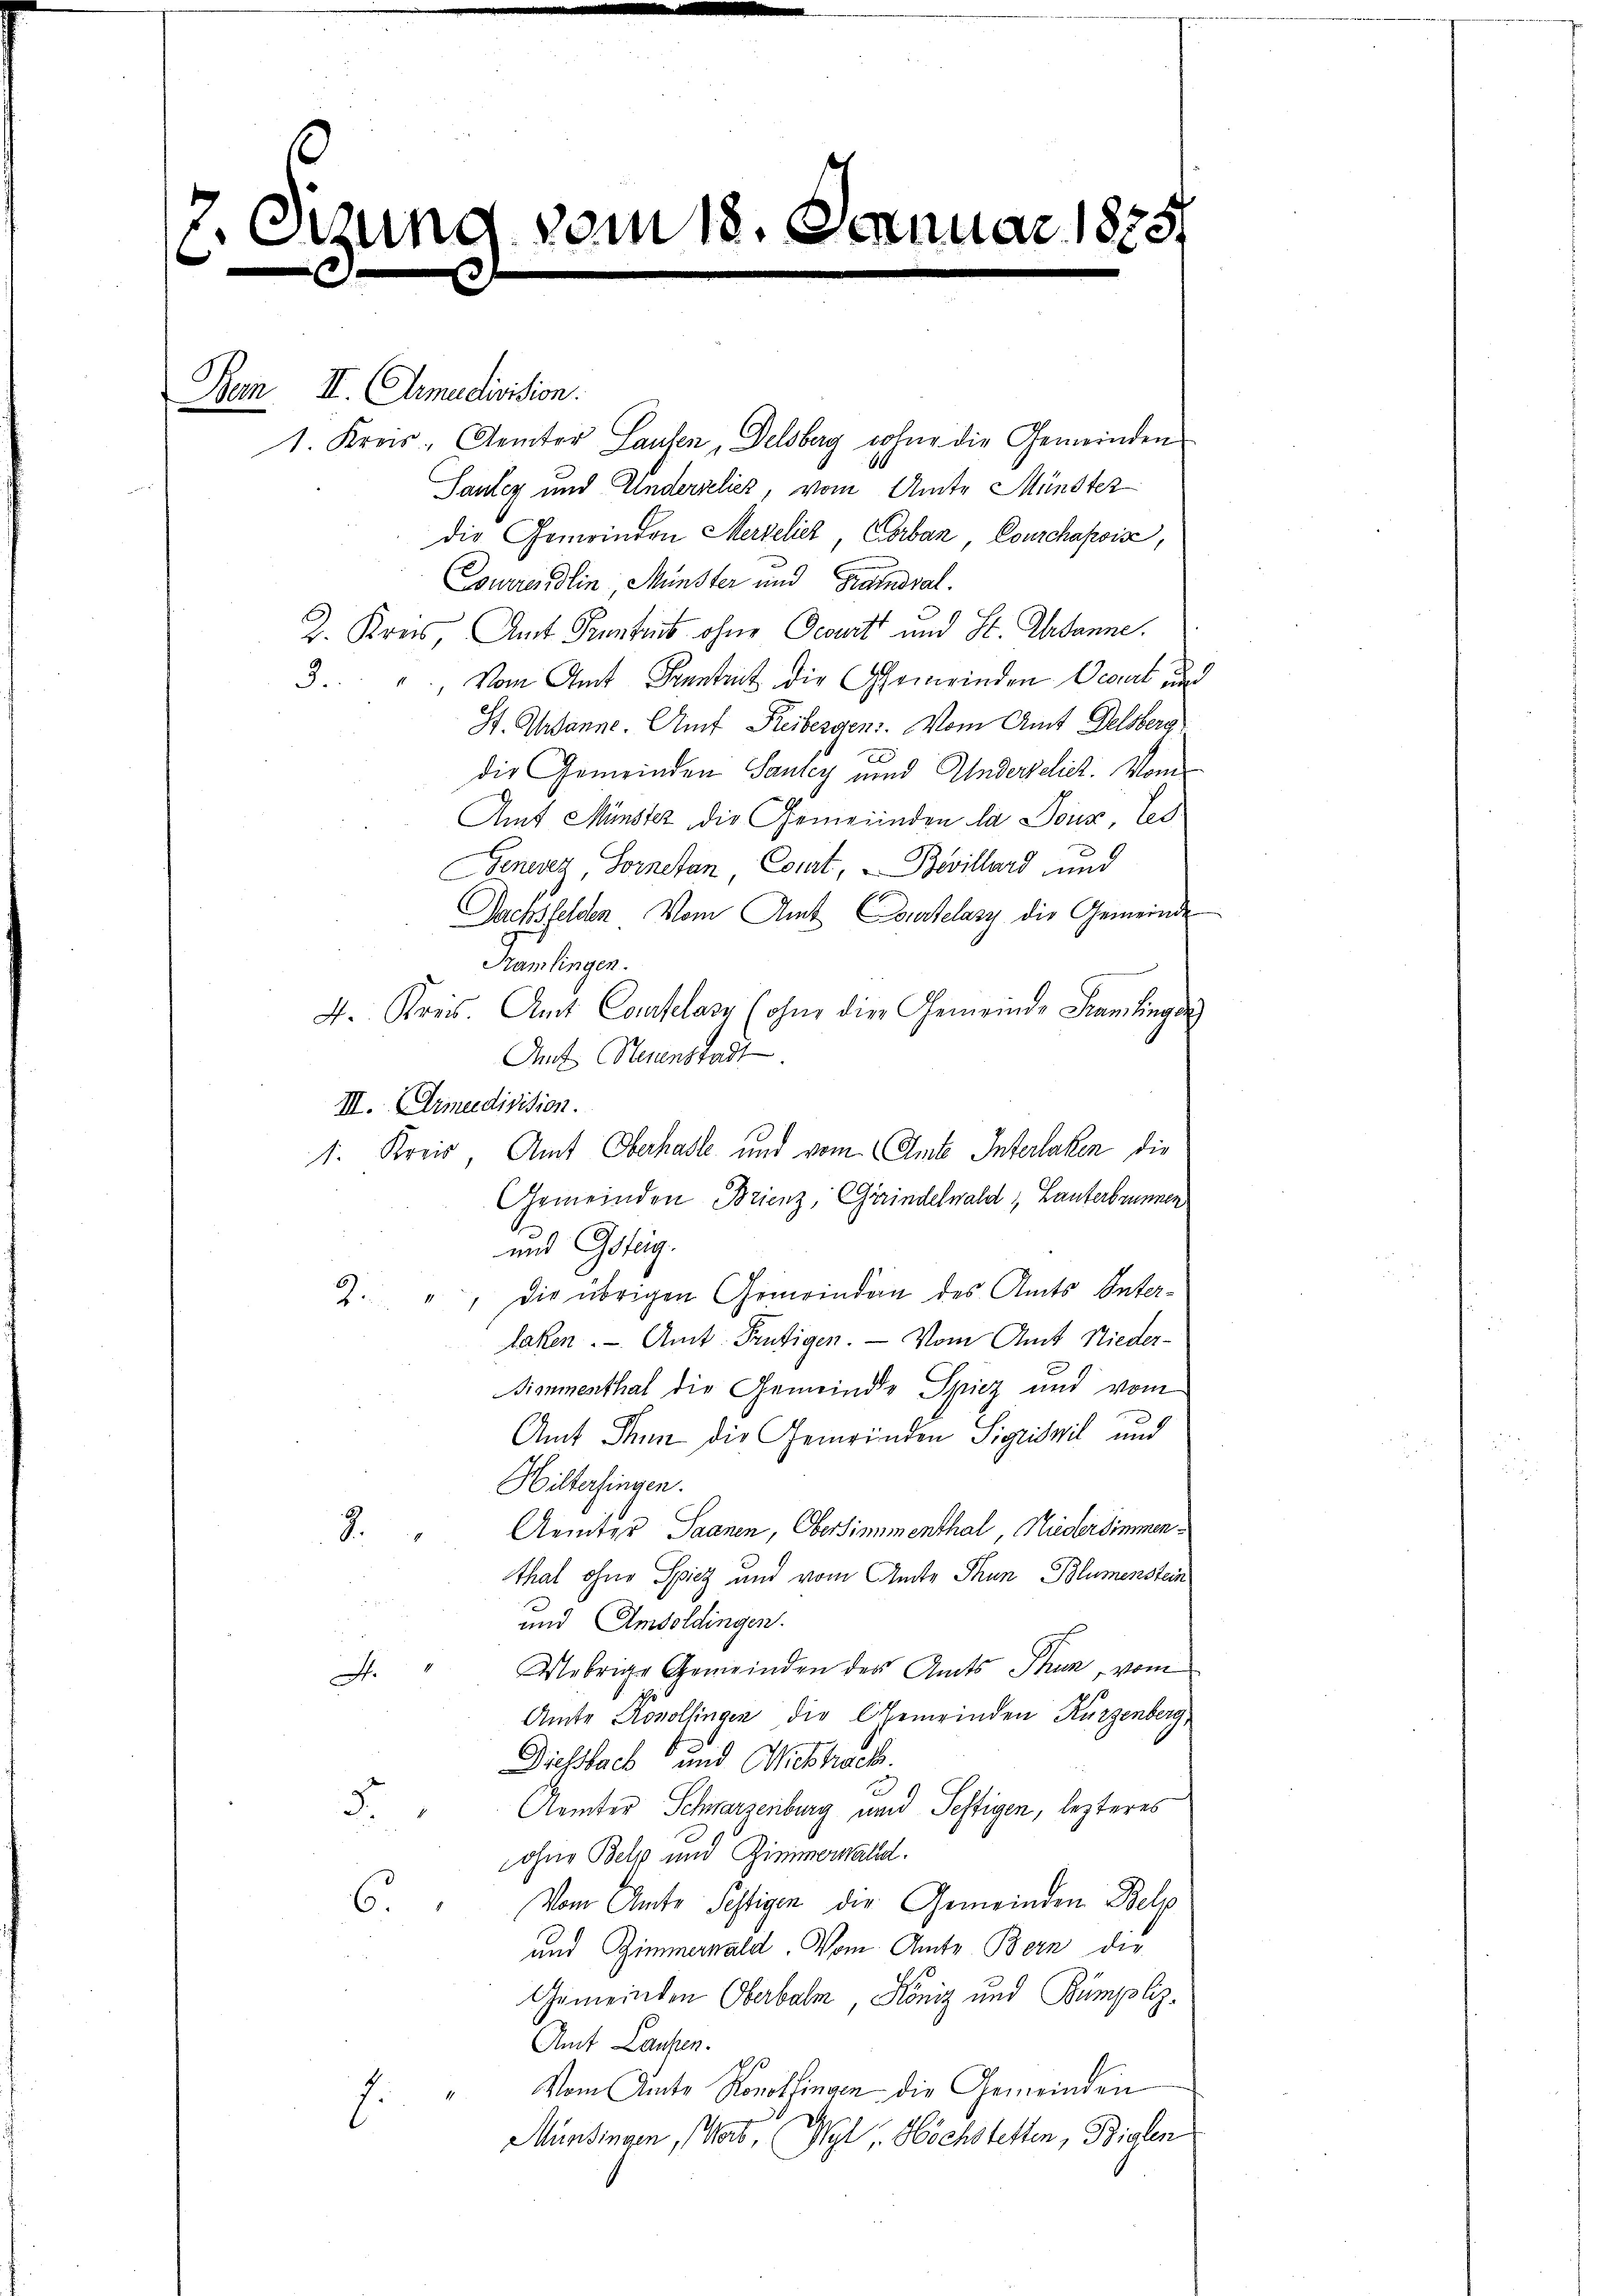
26
e

.

.

vom 18. Se

Bern II. Armadivision.
1. Kreis. Aemter Lausen, Delsberg wohne die Gemeinden
Sauley und Anderseliez, vom Amte Münster
die Gemeinden Merselier, Corban, Courchapoise,
Conirendlin, Münster und Grandval
2. Kreis, Amt Prentens ohne Geburt und St. Ihr danne.
Vom Amt Kentent die Gemeinden Vegert un
3.
S. Urbanne. Auf Freibergen. Vom Amt Delsberg
c
die Gemeinden Saurey und Anderselich. Vom
Amt Münster die Gemeinden la Doux, les
Genevez, Hornetan, Court, Bevillard und
Dachsfelden Vom Amt Courtelary die Gemeinde
Kamlingen.
4. Kreis. Amt Courtelary (ohne die Gemeinde Samlinges
At Neuenstadt
III. Armeedivision.
1. Kreis, Amt Oberhasle und vom Amte Interlaken, die
Gemeinden Brienz, Grindelwald, Lauterbrunnen
und Gsteig.
2. " Die übrigen Gemeinden des Amts Unterlaken. - Amt Frutigen. — Vom Amt Nieder-
Simmenthal die Gemeinde Spiez und vom
Amt Thun die Gemeinden Sigriswil und
Hiltersingen.
Aemter Saanen, Obersimmenthal, Niedersimmen¬
2.
tthal ohne Spiez und vom Amte Thun Blumenstein
und Amsoldingen.
Uebrige Gemeinden des Amts Thun, vom
A
Amte Konollingen die Gemeinden Kürzenberg,
Diesbach und Nickhrack.
Aemter Schwarzenburg und Seftigen, lezteres
5
ohne Beli und Zimmerwald.
Vom Amte Festigen der Gemeinden Belp
6
und Zimmernald. Vom Amts Bern die
Gemeinden Oberbalm, Köniz und Bumpliz-
Amt Laufen.
Vom Amte Konolfingen die Gemeinden
.
Münsingen, Wert, Wyl Höchstetten, Bielen

c.1875